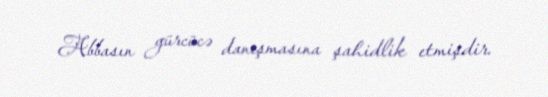
Abbasın gürcücə danışmasına şahidlik etmişdir.